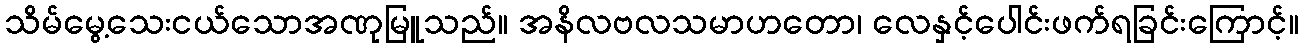
သိမ်မွေ့သေးငယ်သောအဏုမြူသည်။ အနိလဗလသမာဟတော၊ လေနှင့်ပေါင်းဖက်ရခြင်းကြောင့်။